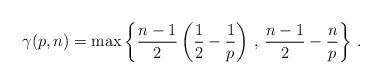
LaTeX: \begin{align*} \gamma(p,n)=\max\left\{\frac{n-1}{2}\left(\frac{1}2-\frac1p\right)\,,\,\frac{n-1}{2}-\frac{n}{p}\right\}\,. \end{align*}